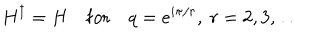
H ^ { \dagger } = H \quad \mathrm { f o r } \quad q = e ^ { i \pi / r } , \ r = 2 , 3 , \dots